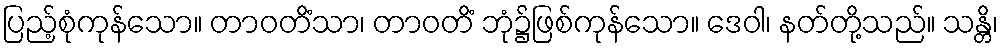
ပြည့်စုံကုန်သော။ တာဝတိံသာ၊ တာဝတိံ ဘုံ၌ဖြစ်ကုန်သော။ ဒေဝါ၊ နတ်တို့သည်။ သန္တိ၊